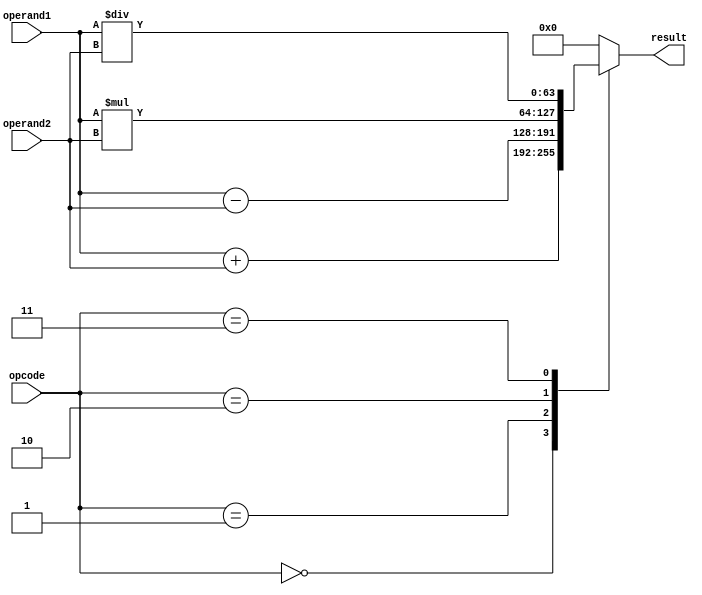
module DoublePrecisionFloatingPointUnit (
    input [63:0] operand1,
    input [63:0] operand2,
    input [2:0] opcode,
    output reg [63:0] result
);

// Arithmetic operations
always @(*)
begin
    case (opcode)
        3'b000: result <= operand1 + operand2; // Addition
        3'b001: result <= operand1 - operand2; // Subtraction
        3'b010: result <= operand1 * operand2; // Multiplication
        3'b011: result <= operand1 / operand2; // Division
        default: result <= 64'd0; // Invalid opcode
    endcase
end

// Rounding, normalization and special cases
// Implement rounding, normalization, denormalized numbers, infinity
// Implement handling of exceptions such as overflow, underflow, invalid operations

endmodule